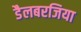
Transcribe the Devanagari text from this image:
डैलबरजिया